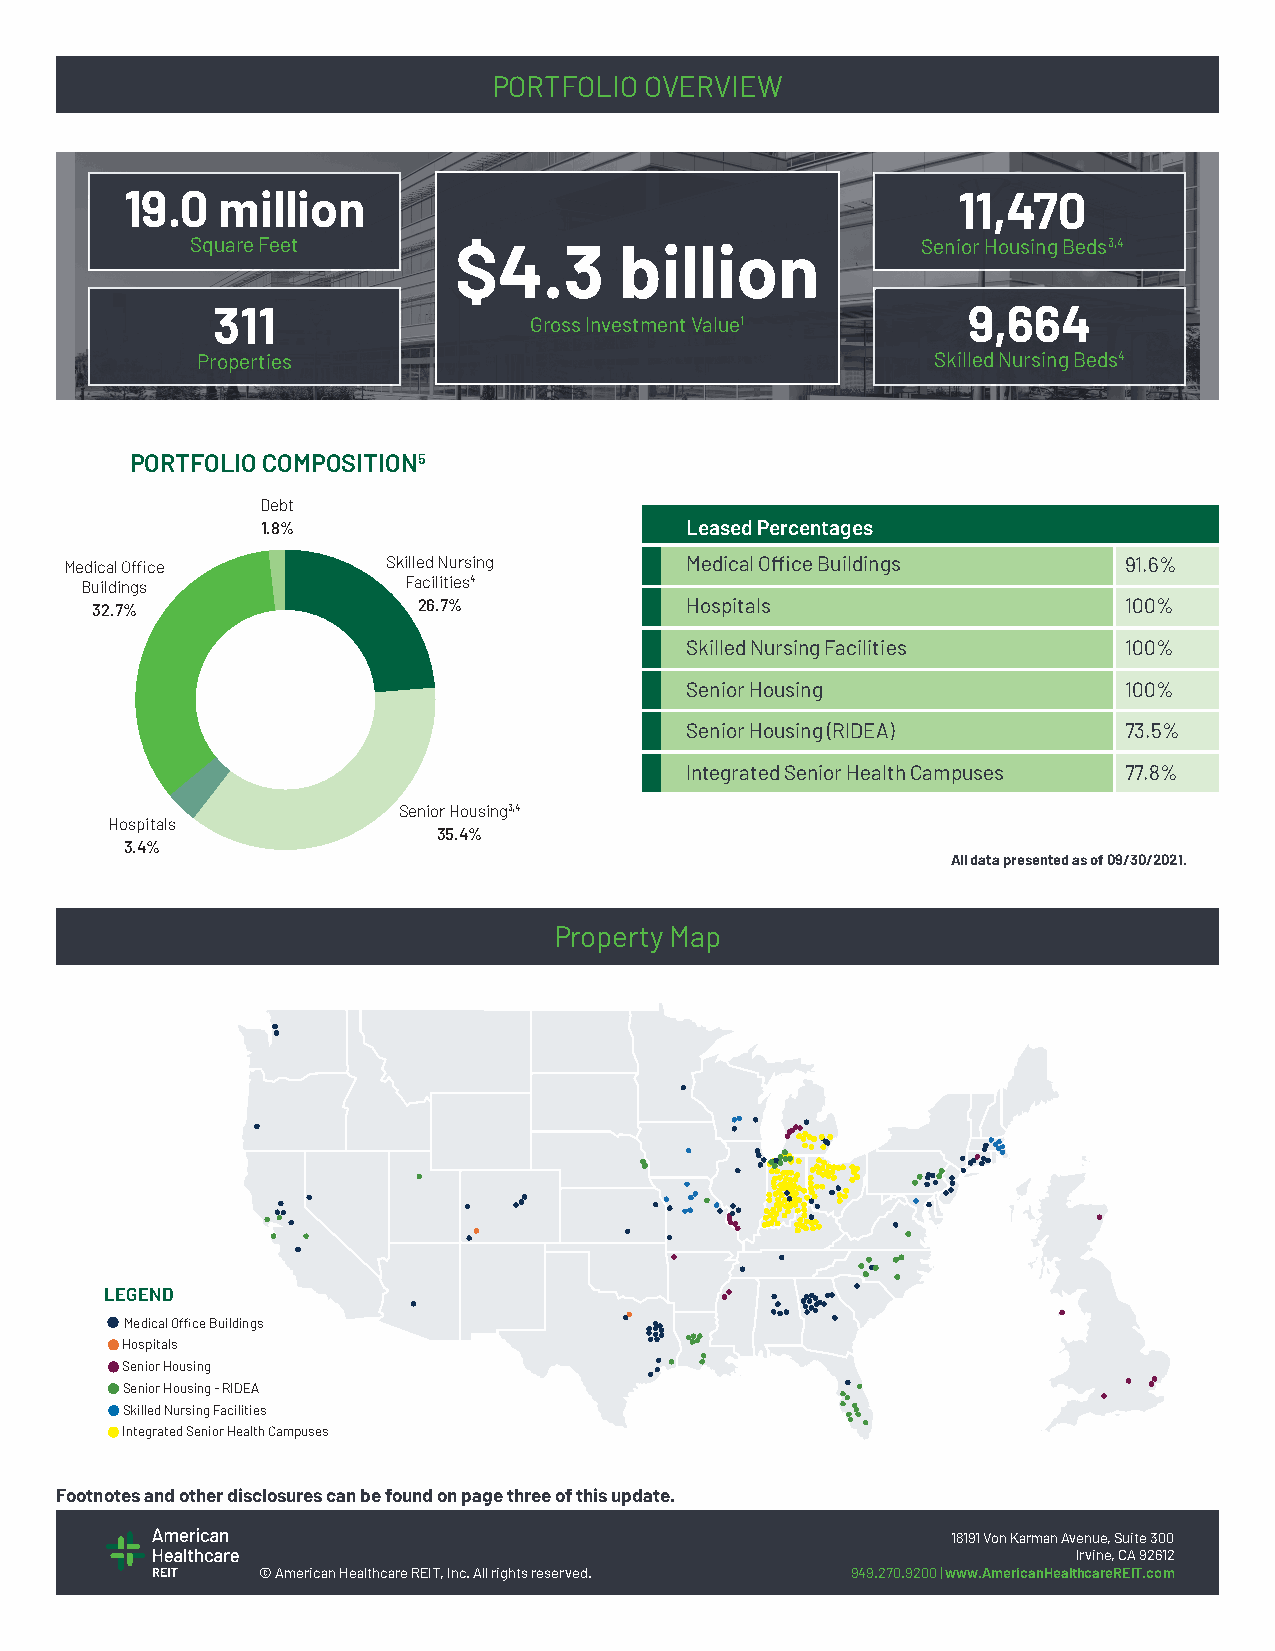
PORTFOLIO OVERVIEW
 19.0  million                                          11,470
 Square Feet      $4.3       billion             Senior Housing Beds3,4
 311                                               9,664
 Gross Investment Value1
 Properties                                       Skilled Nursing Beds4
 PORTFOLIO COMPOSITION5
 Debt
 1.8%                        Leased Percentages
 Medical Office        Skilled Nursing    Medical Office Buildings     91.6%
 Buildings             Facilities4
 32.7%                 26.7%            Hospitals                    100%
 Skilled Nursing Facilities   100%
 Senior Housing               100%
 Senior Housing (RIDEA)       73.5%
 Integrated Senior Health Campuses 77.8%
 Senior Housing3,4
 Hospitals
 35.4%
 3.4%
 All data presented as of 09/30/2021.
 Property Map
 LEGEND
 Medical Office Buildings
 Hospitals
 Senior Housing
 Senior Housing - RIDEA
 Skilled Nursing Facilities
 Integrated Senior Health Campuses
 Footnotes and other disclosures can be found on page three of this update.
 18191 Von Karman Avenue, Suite 300
 Irvine, CA 92612
 © American Healthcare REIT, Inc. All rights reserved. 949.270.9200 | www.AmericanHealthcareREIT.com